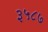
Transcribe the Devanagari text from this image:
३५८७